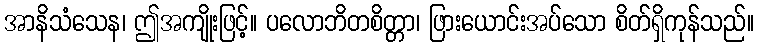
အာနိသံသေန၊ ဤအကျိုးဖြင့်။ ပလောဘိတစိတ္တာ၊ ဖြားယောင်းအပ်သော စိတ်ရှိကုန်သည်။